Indian journal of veterinary science and animal husbandry - Volume 3,
Year: 1933
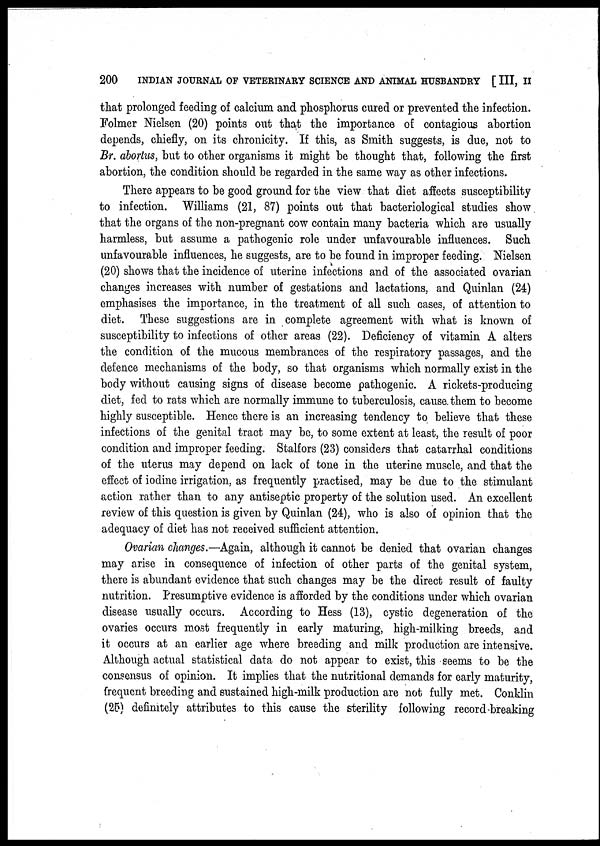
200
INDIAN JOURNAL OF VETERINARY SCIENCE AND ANIMAL HUSBANDRY [ III, II
that prolonged feeding of calcium and phosphorus cured or prevented the infection.
Folmer Nielsen (20) points out that the importance of contagious abortion
depends, chiefly, on its chronicity. If this, as Smith suggests, is due, not to
Br. abortus, but to other organisms it might be thought that, following the first
abortion, the condition should be regarded in the same way as other infections.
There appears to be good ground for the view that diet affects susceptibility
to infection. Williams (21, 87) points out that bacteriological studies show
that the organs of the non-pregnant cow contain many bacteria which are usually
harmless, but assume a pathogenic role under unfavourable influences. Such
unfavourable influences, he suggests, are to be found in improper feeding. Nielsen
(20) shows that the incidence of uterine infections and of the associated ovarian
changes increases with number of gestations and lactations, and Quinlan (24)
emphasises the importance, in the treatment of all such cases, of attention to
diet. These suggestions are in complete agreement with what is known of
susceptibility to infections of other areas (22). Deficiency of vitamin A alters
the condition of the mucous membrances of the respiratory passages, and the
defence mechanisms of the body, so that organisms which normally exist in the
body without causing signs of disease become pathogenic. A rickets-producing
diet, fed to rats which are normally immune to tuberculosis, cause them to become
highly susceptible. Hence there is an increasing tendency to believe that these
infections of the genital tract may be, to some extent at least, the result of poor
condition and improper feeding. Stalfors (23) considers that catarrhal conditions
of the uterus may depend on lack of tone in the uterine muscle, and that the
effect of iodine irrigation, as frequently practised, may be due to the stimulant
action rather than to any antiseptic property of the solution used. An excellent
review of this question is given by Quinlan (24), who is also of opinion that the
adequacy of diet has not received sufficient attention.
Ovarian changes.—Again, although it cannot be denied that ovarian changes
may arise in consequence of infection of other parts of the genital system,
there is abundant evidence that such changes may be the direct result of faulty
nutrition. Presumptive evidence is afforded by the conditions under which ovarian
disease usually occurs. According to Hess (13), cystic degeneration of the
ovaries occurs most frequently in early maturing, high-milking breeds, and
it occurs at an earlier age where breeding and milk production are intensive.
Although actual statistical data do not appear to exist, this seems to be the
consensus of opinion. It implies that the nutritional demands for early maturity,
frequent breeding and sustained high-milk production are not fully met. Conklin
(25) definitely attributes to this cause the sterility following record-breaking